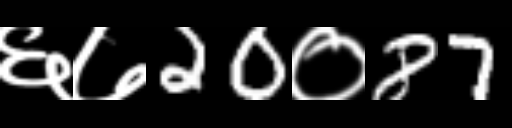
Text: ६७20०87